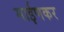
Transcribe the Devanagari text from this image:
माईणकर